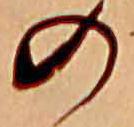
の